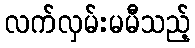
လက်လှမ်းမမီသည့်